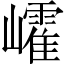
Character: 𡾜